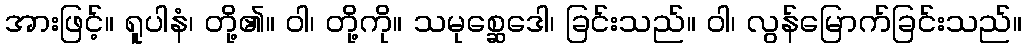
အားဖြင့်။ ရူပါနံ၊ တို့၏။ ဝါ၊ တို့ကို။ သမုစ္ဆေဒေါ၊ ခြင်းသည်။ ဝါ၊ လွန်မြောက်ခြင်းသည်။